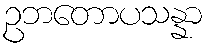
ဥဘတောပသန္နာ